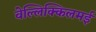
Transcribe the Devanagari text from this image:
वेल्लिक्किलमई